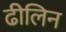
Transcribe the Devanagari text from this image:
ढीलिन